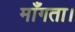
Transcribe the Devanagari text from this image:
माँगता।